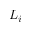
L _ { i }